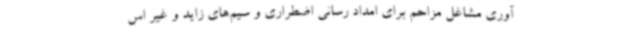
آوری مشاغل مزاحم برای امداد رسانی اضطراری و سیم‌های زاید و غیر اس